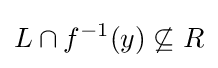
L\cap f^{-1}(y)\not \subseteq R